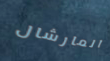
المارشال